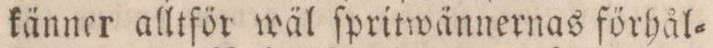
känner alltför wäl ſpritwännernas förhål=